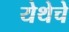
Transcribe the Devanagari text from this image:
येथेचे